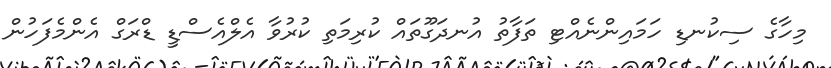
މިހާގެ ސިކުނޑި ހަމައިންނެއްޓި ތަފާތު އުނދަގޫތައް ކުރިމަތި ކުރުވާ އެލްއެސްޑީ ޑްރަގް އެންމެފަހުން